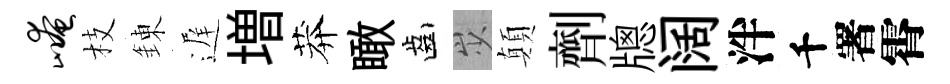
崦枝錬遅増莽瞰齒𡵯顛劑牕阔泮千署霄